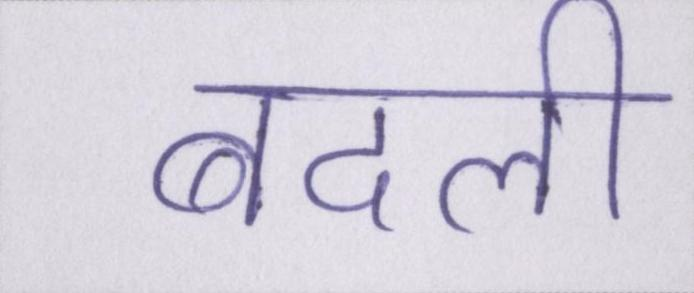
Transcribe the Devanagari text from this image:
बदली